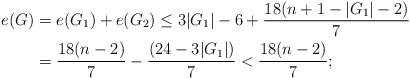
LaTeX: \begin{align*}e(G)&=e(G_1)+e(G_2)\leq 3|G_1|-6+\frac{18(n+1-|G_1|-2)}7\\&=\frac{18(n-2)}7-\frac{(24-3|G_1|)}7<\frac{18(n-2)}7;\end{align*}